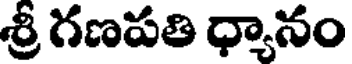
శ్రీ గణపతి ధ్యానం